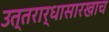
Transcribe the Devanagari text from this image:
उत्तरार्धासारखाच